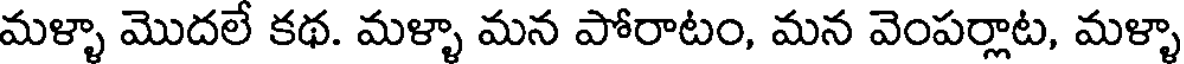
మళ్ళా మొదలే కథ. మళ్ళా మన పోరాటం, మన వెంపర్లాట, మళ్ళా